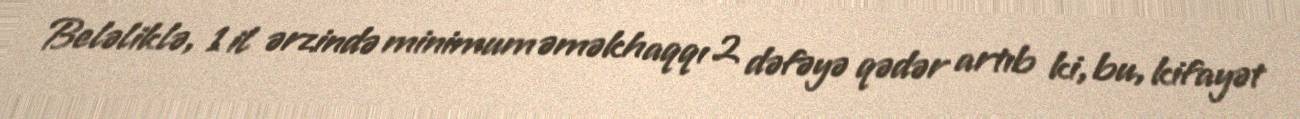
Beləliklə, 1 il ərzində minimum əməkhaqqı 2 dəfəyə qədər artıb ki, bu, kifayət